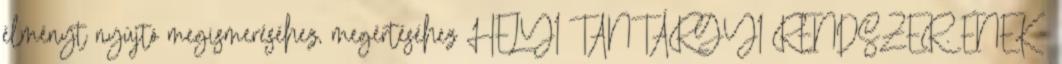
élményt nyújtó megismeréséhez, megértéséhez HELYI TANTÁRGYI RENDSZER. ÉNEK -